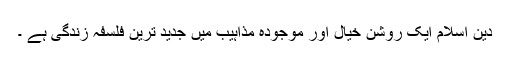
دین اسلام ایک روشن خیال اور موجودہ مذاہیب میں جدید ترین فلسفہ زندگی ہے ۔